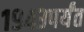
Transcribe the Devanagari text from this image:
१९४३पर्यंत